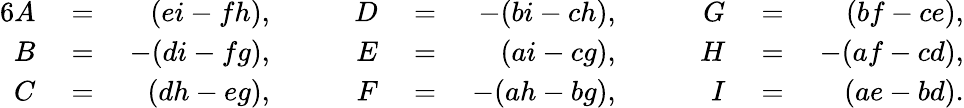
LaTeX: \begin{array}{rlrlrlrlrlr}{{6}A}&{{}={}}&{(ei-fh),}&{{}\quad}&{D}&{{}={}}&{-(bi-ch),}&{{}\quad}&{G}&{{}={}}&{(bf-ce),}\\ {B}&{{}={}}&{-(di-fg),}&{{}\quad}&{E}&{{}={}}&{(ai-cg),}&{{}\quad}&{H}&{{}={}}&{-(af-cd),}\\ {C}&{{}={}}&{(dh-eg),}&{{}\quad}&{F}&{{}={}}&{-(ah-bg),}&{{}\quad}&{I}&{{}={}}&{(ae-bd).}\end{array}